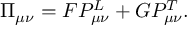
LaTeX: \Pi _ { \mu \nu } = F P _ { \mu \nu } ^ { L } + G P _ { \mu \nu } ^ { T } .